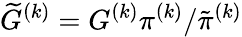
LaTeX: \widetilde{G}^{(k)}=G^{(k)}\pi^{(k)}/\tilde{\pi}^{(k)}